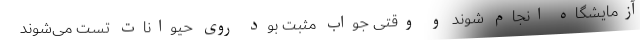
آزمایشگاه انجام شوند و وقتی جواب مثبت بود روی حیوانات تست می‌شوند